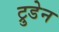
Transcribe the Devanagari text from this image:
ट्रुडेन